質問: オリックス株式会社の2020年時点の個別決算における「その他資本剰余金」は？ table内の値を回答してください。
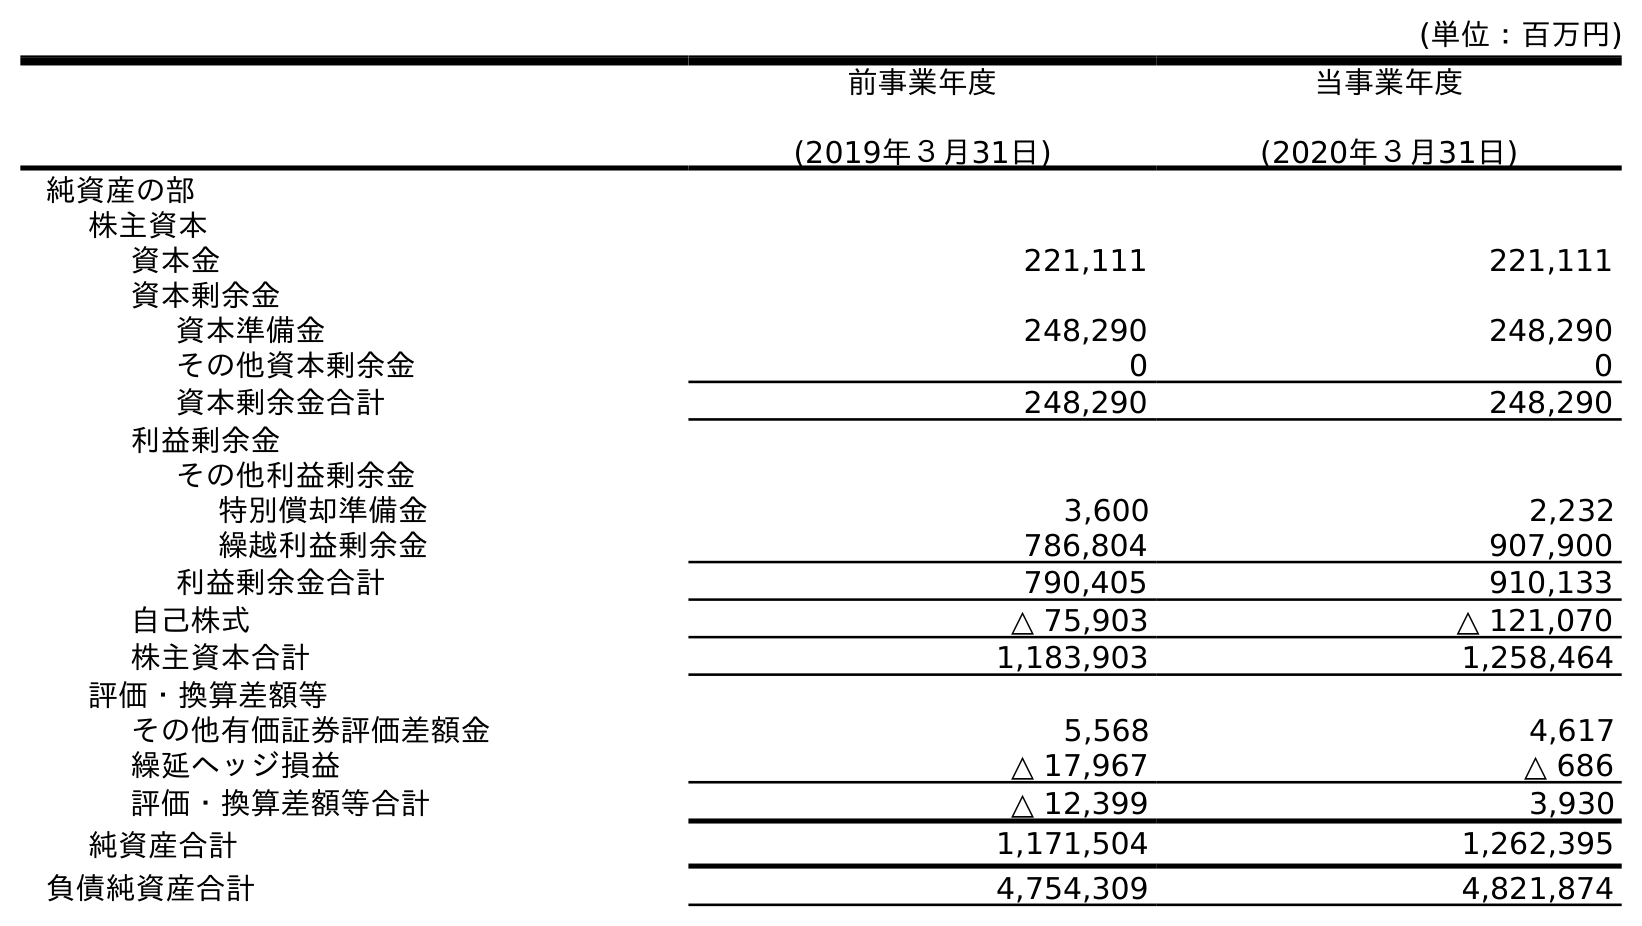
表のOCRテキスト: (単位：百万円) 前事業年度 (2019年３月31日) 当事業年度 (2020年３月31日) 純資産の部 株主資本 資本金 221,111 221,111 資本剰余金 資本準備金 248,290 248,290 その他資本剰余金 0 0 資本剰余金合計 248,290 248,290 利益剰余金 その他利益剰余金 特別償却準備金 3,600 2,232 繰越利益剰余金 786,804 907,900 利益剰余金合計 790,405 910,133 自己株式 △ 75,903 △ 121,070 株主資本合計 1,183,903 1,258,464 評価・換算差額等 その他有価証券評価差額金 5,568 4,617 繰延ヘッジ損益 △ 17,967 △ 686 評価・換算差額等合計 △ 12,399 3,930 純資産合計 1,171,504 1,262,395 負債純資産合計 4,754,309 4,821,874
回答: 0